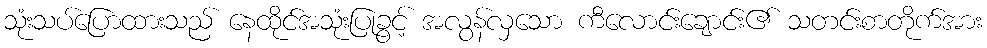
သုံးသပ်ပြောထားသည် နေထိုင်အသုံးပြုခွင့် အလွန်လှသော ကီလောင်းချောင်း၏ သတင်းစာတိုက်အား